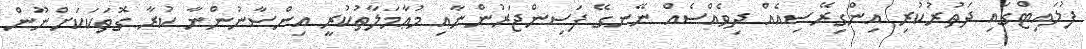
ފުލައިޓްގައި ދަތުރުކުރި އިންގިރޭސިއެއް ދިވެއްސެއް ނޭނގޭ ފަސިންޖަރުންނާއި މުޢާމަލާތުކުރީ އިންސާނުންނާ ކުރާ ގޮތަކަކަށްނޫން